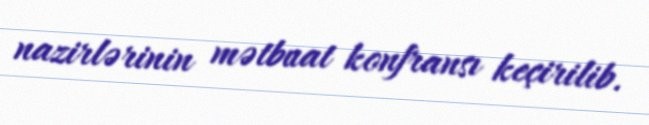
nazirlərinin mətbuat konfransı keçirilib.